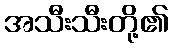
အသီးသီးတို့၏